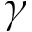
\gamma